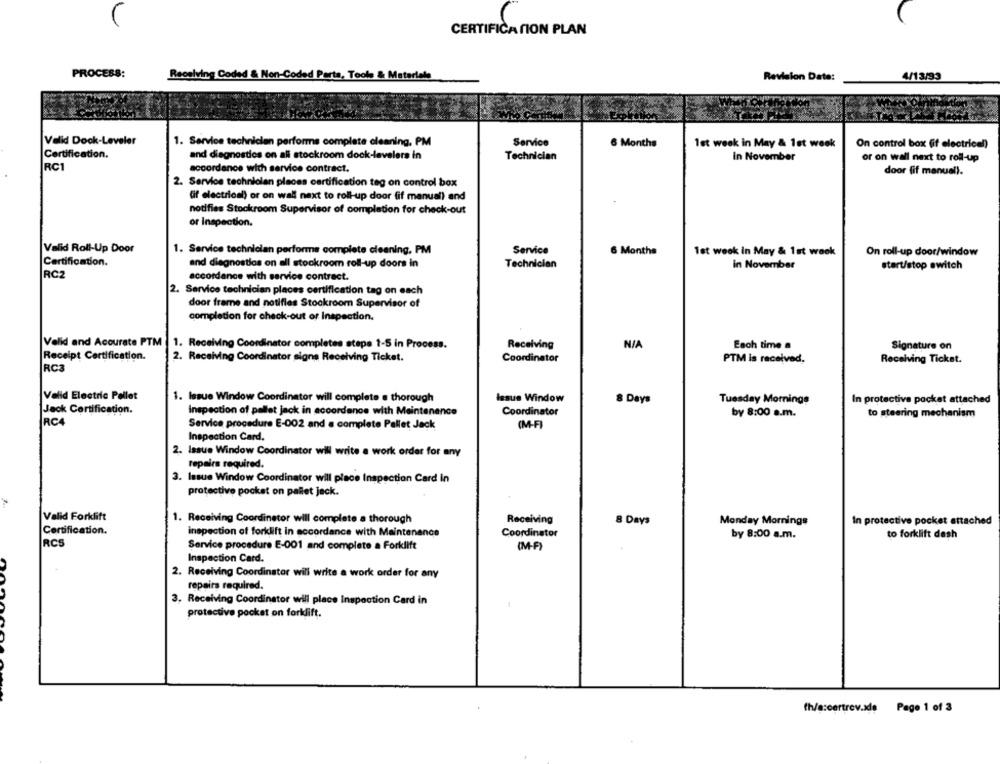
CERTIFICATION PLAN
PROCESS
Receiving Coded & Non-Coded Parta, Tools & Materials
Revision Date:
4/13/93
Valid Dook-Leveler
1. Service technicien performs complete cleaning, PM
Service
6 Months
1st week in May & 1st week
On control box (if electricel)
Certification.
and diagnostics on all stockroom dock-levelers in
Technician
In November
or on wall next to roll-up
RC1
accordance with service contract.
door fif manuel).
2. Service technician places certification tag on control box
(if electrical) or on wall next to roll-up door fif manual) and
notifies Stockroom Supervisor of completion for check-out
or Inspection.
Valid Roll-Up Door
1. Service technician performs complete cleaning, PM
Service
6 Months
1st week in May & 1st wook
On roll-up door/window
Certification.
and diagnostios on all stockroom roll-up doors in
Technician
in November
start/stop switch
RC2
accordance with service contract.
2. Service technician places certification tag on each
door frame and notifies Stockroom Supervisor of
completion for check-out or Inspection.
Velid and Accurate PTM
1. Receiving Coordinator completes steps 1-5 in Process.
Receiving
Each time a
Signature on
Receipt Certification.
2. Receiving Coordinator signs Receiving Ticket.
Coordinator
PTM is received.
Receiving Ticket.
RC3
Valid Electric Pallet
1. Issue Window Coordinator will complete e thorough
Issue Window
8 Days
Tuesday Mornings
In protective pocket attached
Jack Certification.
Inspection of pallet jack in accordance with Maintenance
Coordinator
by 8:00 a.m.
to steering mechanism
RC4
Service procedure E-002 and a complete Pallet Jack
(M-FI
Inspection Card.
2. Issue Window Coordinator will write a work order for any
repairs required.
3. Issue Window Coordinator will place Inspection Card in
protective pocket on pallet jack.
Valid Forklift
1. Receiving Coordinator will complete a thorough
Receiving
8 Days
Monday Mornings
In protective pocket attached
Certification.
inspection of forklift in accordance with Maintenance
Coordinator
by 8:00 a.m.
to forklift desh
RCS
Service procedure E-001 and complete a Forklift
(M-F)
Inspection Card.
2. Receiving Coordinator will write a work order for any
repairs required.
3. Receiving Coordinator will place Inspection Card in
protective pocket on forklift.
th/a:certrev.ade Page 1 of 3